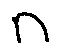
n